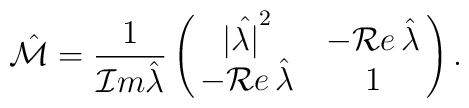
\hat{\cal M}={1\over{{\cal I}m\hat{\lambda}}}\left(\matrix{|\hat{\lambda|}^2&-{\cal R}e\,\hat{\lambda} \cr-{\cal R}e\,\hat{\lambda} & 1}\right).